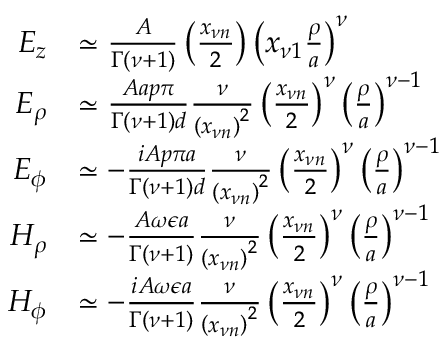
\begin{array} { r l } { E _ { z } } & { \simeq \frac { A } { \Gamma \left( \nu + 1 \right) } \left( \frac { x _ { \nu n } } { 2 } \right) \left( x _ { \nu 1 } \frac { \rho } { a } \right) ^ { \nu } } \\ { E _ { \rho } } & { \simeq \frac { A a p \pi } { \Gamma \left( \nu + 1 \right) d } \frac { \nu } { \left( x _ { \nu n } \right) ^ { 2 } } \left( \frac { x _ { \nu n } } { 2 } \right) ^ { \nu } \left( \frac { \rho } { a } \right) ^ { \nu - 1 } } \\ { E _ { \phi } } & { \simeq - \frac { i A p \pi a } { \Gamma ( \nu + 1 ) d } \frac { \nu } { \left( x _ { \nu n } \right) ^ { 2 } } \left( \frac { x _ { \nu n } } { 2 } \right) ^ { \nu } \left( \frac { \rho } { a } \right) ^ { \nu - 1 } } \\ { H _ { \rho } } & { \simeq - \frac { A \omega \epsilon a } { \Gamma ( \nu + 1 ) } \frac { \nu } { \left( x _ { \nu n } \right) ^ { 2 } } \left( \frac { x _ { \nu n } } { 2 } \right) ^ { \nu } \left( \frac { \rho } { a } \right) ^ { \nu - 1 } } \\ { H _ { \phi } } & { \simeq - \frac { i A \omega \epsilon a } { \Gamma ( \nu + 1 ) } \frac { \nu } { \left( x _ { \nu n } \right) ^ { 2 } } \left( \frac { x _ { \nu n } } { 2 } \right) ^ { \nu } \left( \frac { \rho } { a } \right) ^ { \nu - 1 } } \end{array}